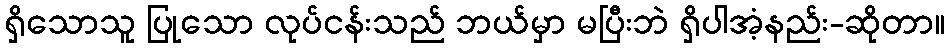
ရှိသောသူ ပြုသော လုပ်ငန်းသည် ဘယ်မှာ မပြီးဘဲ ရှိပါအံ့နည်း-ဆိုတာ။